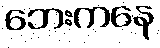
ဘေးကနေ